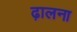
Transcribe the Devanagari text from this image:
ढ़ालना